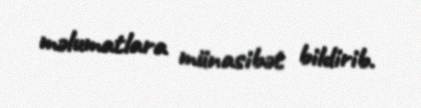
məlumatlara münasibət bildirib.